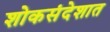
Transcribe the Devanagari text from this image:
शोकसंदेशात